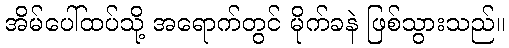
အိမ်ပေါ်ထပ်သို့ အရောက်တွင် မိုက်ခနဲ ဖြစ်သွားသည်။